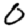
Digit: 0